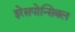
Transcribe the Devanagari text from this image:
इरेसपोन्सिबल